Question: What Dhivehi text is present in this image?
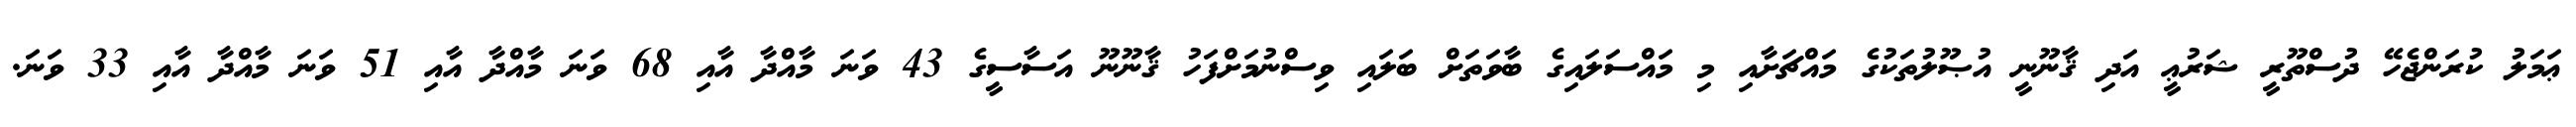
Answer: ޢަމަލު ކުރަންޖެހޭ ދުސްތޫރީ ޝަރުޢީ އަދި ޤާނޫނީ އުޞޫލުތަކުގެ މައްޗަށާއި މި މައްސަލައިގެ ބާވަތަށް ބަލައި ވިސްނުމަށްފަހު ޤާނޫނޫ އަސާސީގެ 43 ވަނަ މާއްދާ އާއި 68 ވަނަ މާއްދާ އާއި 51 ވަނަ މާއްދާ އާއި 33 ވަނަ.